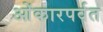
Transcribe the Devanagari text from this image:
ओंकारपर्वत